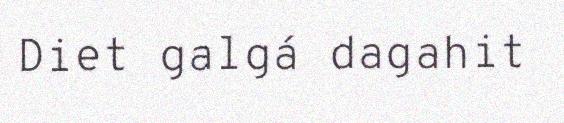
Diet galgá dagahit